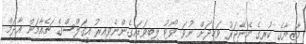
މާޒިޔާގެ ކުރީގެ މެނޭޖަރު ވަހީދަށް ނުވަ ވޯޓު ލިބިވަޑައިގެންނެވިއިރު އީގަލްސްގެ ޗެއާމަން އާދަމް